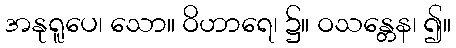
အနုရူပေ၊ သော။ ဝိဟာရေ၊ ၌။ ဝသန္တေန၊ ၍။